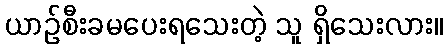
ယာဉ်စီးခမပေးရသေးတဲ့ သူ ရှိသေးလား။